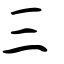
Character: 三